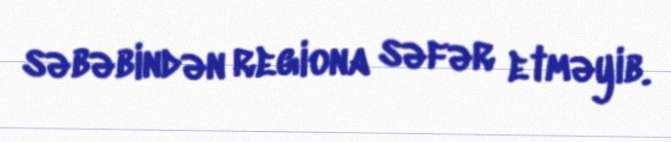
səbəbindən regiona səfər etməyib.